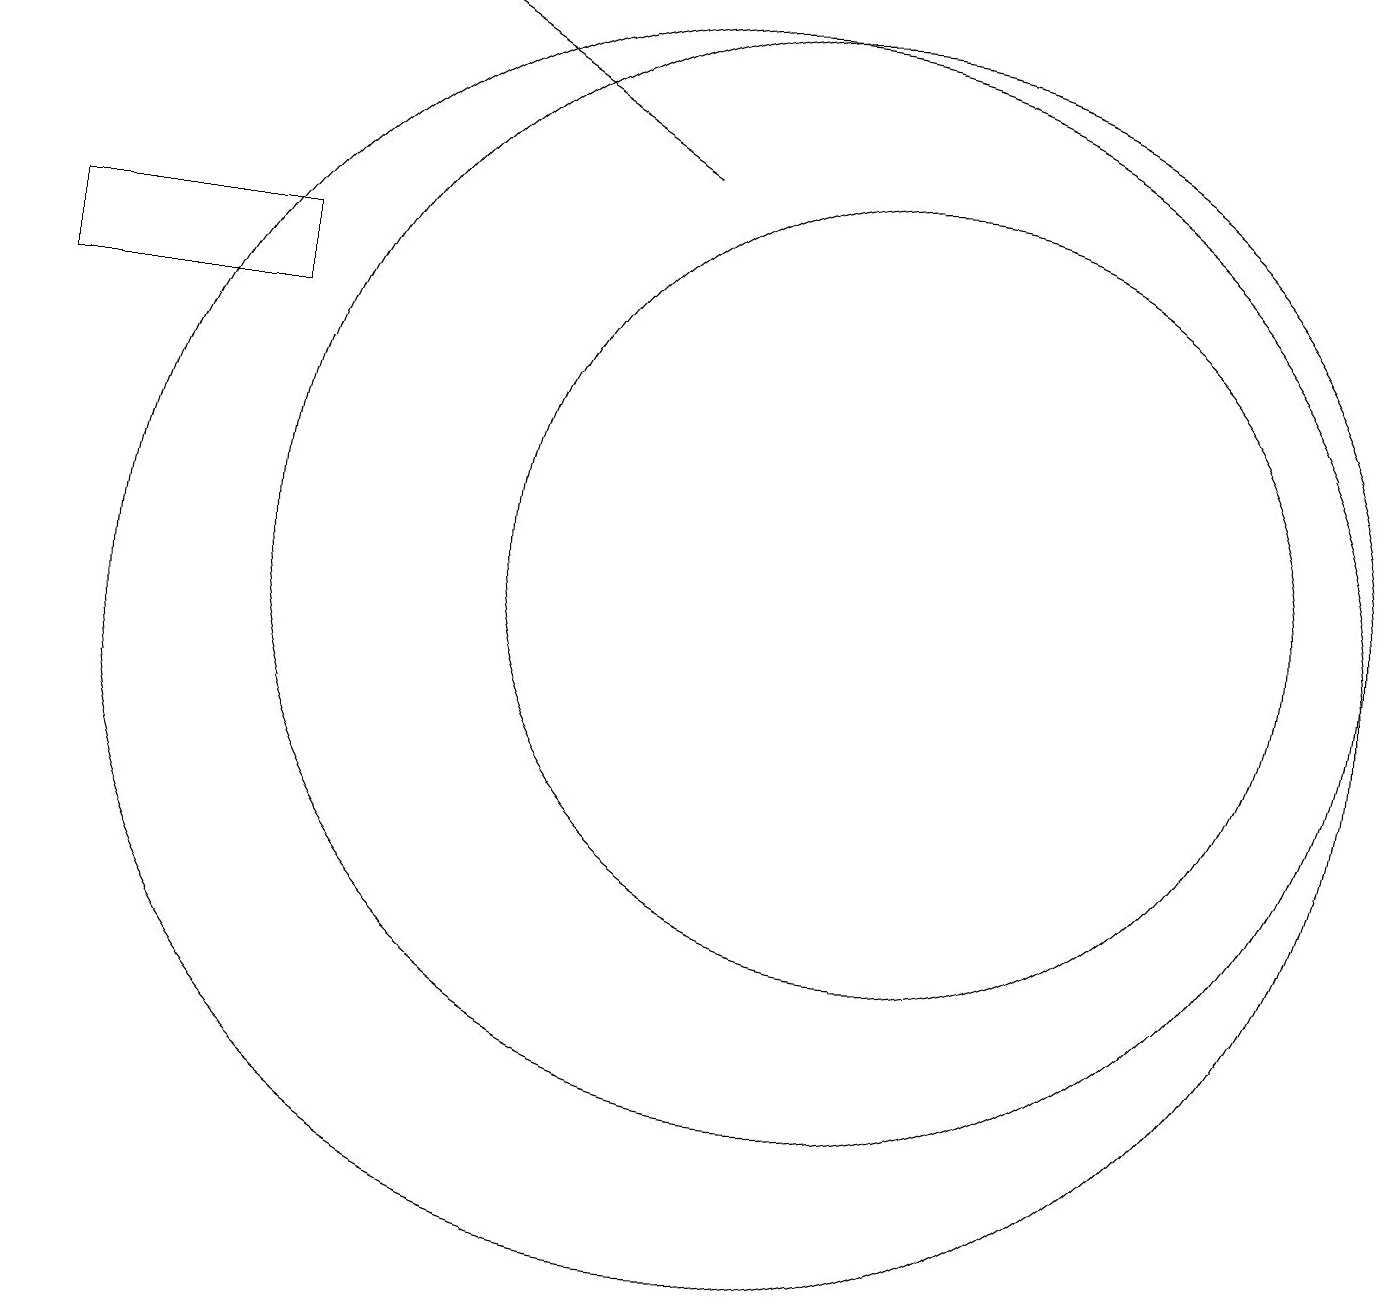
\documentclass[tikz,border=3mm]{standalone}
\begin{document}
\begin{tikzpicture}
\draw[->] (9,17) -- (6,19);
\draw (10,11) circle (8);
\draw (4,16) rectangle (1,15);
\draw (12,12) circle (5);
\draw (11,12) circle (7);
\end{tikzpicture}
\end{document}